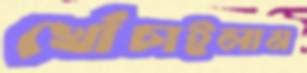
খোঁচাইলাম